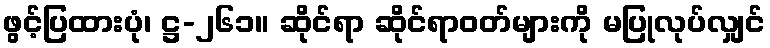
ဖွင့်ပြထားပုံ၊ ဋ္ဌ-၂၆၁။ ဆိုင်ရာ ဆိုင်ရာဝတ်များကို မပြုလုပ်လျှင်